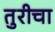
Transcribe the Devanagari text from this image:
तुरीचा